Vaccination United Provinces of Agra and Oudh 1902-1913 - 1902-1913
Year: 1902
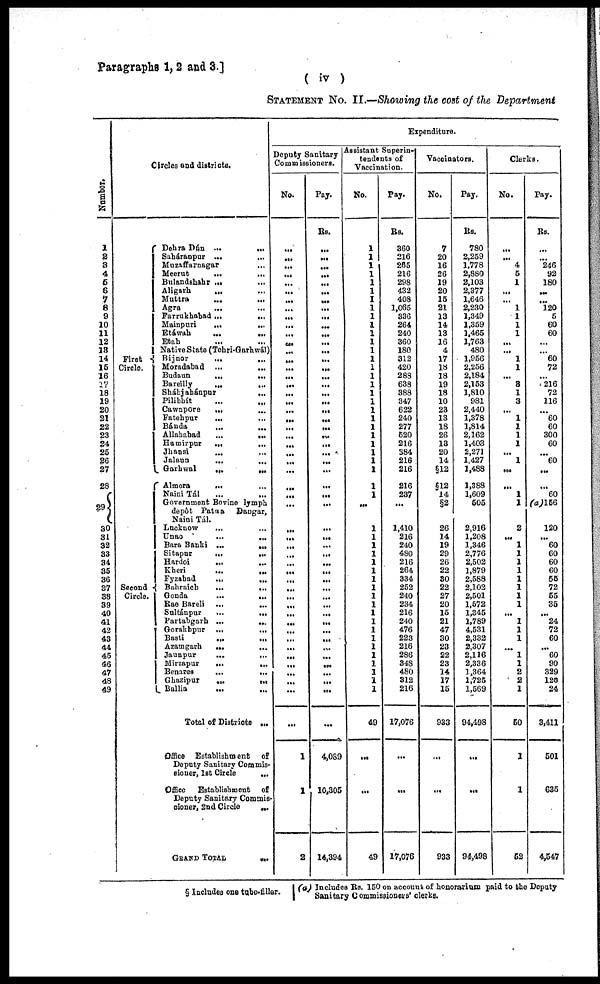
Paragraphs 1,2 and 3.]
( iv )
STATEMENT NO II.—Showing the cost of the Department
Number.
1
2
3
4
5
6
7
8
9
10
11
12
13
14
15
16
17
18
19
20
21
22
23
24
25
26
27
28
29
30
31
32
33
34
35
36
37
38
39
40
41
42
43
44
45
46
47
48
49
Circles and districts.
First
Circle.
Second
Circle.
Dehra Dún ...
...
Saháranpur ... ...
Muzaffarnagar
...
...
Meerut ... ...
Bulandshahr ... ...
Aligarh ... ...
Muttra
...
...
Agra ... ...
Farrukhabad ...
..,
Mainpuri
...
...
Etáwah
...
...
Etah ... ...
Native State (Tehri-Garhwál)
Bijnor
...
...
Moradabad
...
...
Budaun
...
...
Bareilly
...
...
Sháhjahánpur
...
Pilibhít ... ...
Cawnpore ... ...
Fatehpur ... ...
Bánda ... ...
Allahabad
...
...
Hamirpur
...
...
Jhansi
...
...
Jalaun ... ...
Garhwal
...
...
Aimora ... ...
Naini Tál ... ...
Government Bovine lymph
depôt Patwa
Dangar,
Naini Tál.
Lucknow ... ...
Unao
...
...
Bara Banki
...
...
Sitapur
...
...
Hardoi
...
...
Kheri
...
...
Fyzabad
...
...
Bahraich
...
...
Gonda
...
...
Rae Bareli ...
...
Sultánpur
...
...
Partabgarh ...
...
Gorakhpur ...
...
Basti
...
...
Azamgarh
...
...
Jaunpur
...
...
Mirzapur
...
...
Benares
...
...
Ghazipur
...
...
Ballia ... ...
Total of Districts ...
Office Establishment
of
Deputy Sanitary Commis-
sioner, 1st Circle ...
Office
Establishment of
Deputy Sanitary Commis-
sioner, 2nd Circle
...
GRAND TOTAL ...
Expenditure.
Deputy Sanitary
Commissioners.
No.
...
...
...
...
...
...
...
...
...
...
...
...
...
...
...
...
...
...
...
...
...
...
...
...
...
...
...
...
...
...
...
...
...
...
...
...
...
...
...
...
...
...
...
...
...
...
...
...
...
...
...
1
1
2
Pay.
Rs.
...
...
...
...
...
...
...
...
...
...
...
...
...
...
...
...
...
...
...
...
...
...
...
...
...
...
...
...
...
...
...
...
...
...
...
...
...
...
...
...
...
...
...
...
...
...
...
...
...
...
...
4,089
10,305
14,394
Assistant Superin-
tendents of
Vaccination.
No.
1
1
1
1
1
1
1
1
1
1
1
1
1
1
1
1
1
1
1
1
1
1
1
1
1
1
1
1
1
...
1
1
1
1
1
1
1
1
1
1
1
1
1
1
1
1
1
1
1
1
49
...
...
49
Pay.
Rs.
360
216
265
216
298
432
408
1,065
336
264
240
360
180
312
420
288
638
388
347
622
240
277
520
216
384
216
216
216
237
...
1,410
216
240
480
216
264
334
252
240
234
216
240
476
223
216
286
348
480
312
216
17,076
...
...
17,076
Vaccinators.
No.
7
20
16
26
19
20
15
21
13
14
13
16
4
17
18
18
19
18
10
23
13
18
26
13
20
14
§12
§12
14
§2
26
14
19
29
26
22
30
22
27
20
15
21
47
30
23
22
23
14
17
15
933
...
...
933
Pay.
Rs.
780
2,259
1,778
2,880
2,103
2,377
1,646
2,230
1,349
1,359
1,465
1,763
480
1,956
2,256
2,184
2,153
1,810
981
2,440
1,378
1,814
2,162
1,403
2,271
1,427
1,488
1,388
1,609
505
2,916
1,208
1,346
2,776
2,502
1,879
2,588
2,102
2,501
1,572
1,345
1,789
4,531
2,332
2,307
2,116
2,336
1,364
1,725
1,569
94,498
...
...
94,498
Clerks.
No.
...
...
4
5
1
...
...
1
1
1
1
...
...
1
1
...
3
1
3
...
1
1
1
1
...
1
...
...
1
1
2
...
1
1
1
1
1
1
1
1
...
1
1
1
...
1
1
2
2
1
50
1
1
52
Pay.
Rs.
...
...
246
92
180
...
...
120
5
60
60
...
...
60
72
...
216
72
116
...
60
60
300
60
...
60
...
...
60
(a)156
120
...
60
60
60
60
56
72
55
35
...
24
72
60
...
60
90
329
120
24
3,411
501
635
4,547
§ Includes one tube-filler.
(a) Includes Rs. 150 on accounts of honorsrium paid to the Deputy
Sanitary Commissioners' clerks.